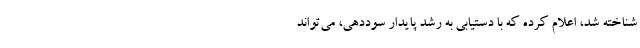
شناخته شد، اعلام کرده که با دستیابی به رشد پایدار سوددهی، می‌تواند